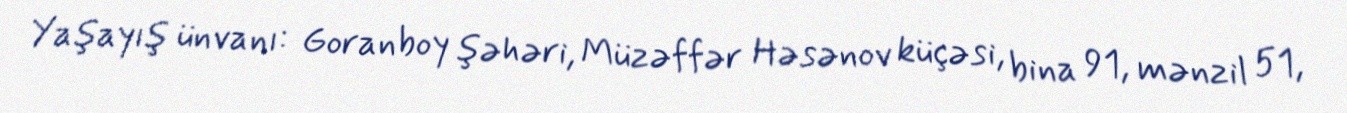
Yaşayış ünvanı: Goranboy şəhəri, Müzəffər Həsənov küçəsi, bina 91, mənzil 51,